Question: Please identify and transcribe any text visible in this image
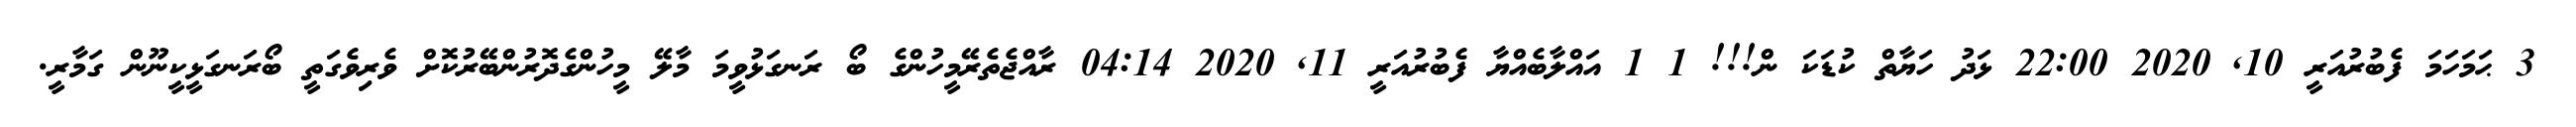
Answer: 3 ޙަމަހަމަ ފެބުރުއަރީ 10, 2020 22:00 ޅަދު ހަޔާތް ކުޑަކަ ން!!! 1 1 އައްލާބެއްޔާ ފެބުރުއަރީ 11, 2020 04:14 ރާއްޖެތެރޭމީހުންގެ ބޯ ރަނގަޅުވީމަ މާލޭ މީހުންގެދޮރުންބޭރުކޮށް ވެރިވެގަތީ ބޯރަނގަޅީކީނޫން ގަމާރީ.